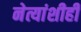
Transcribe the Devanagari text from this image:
नेत्यांशीही